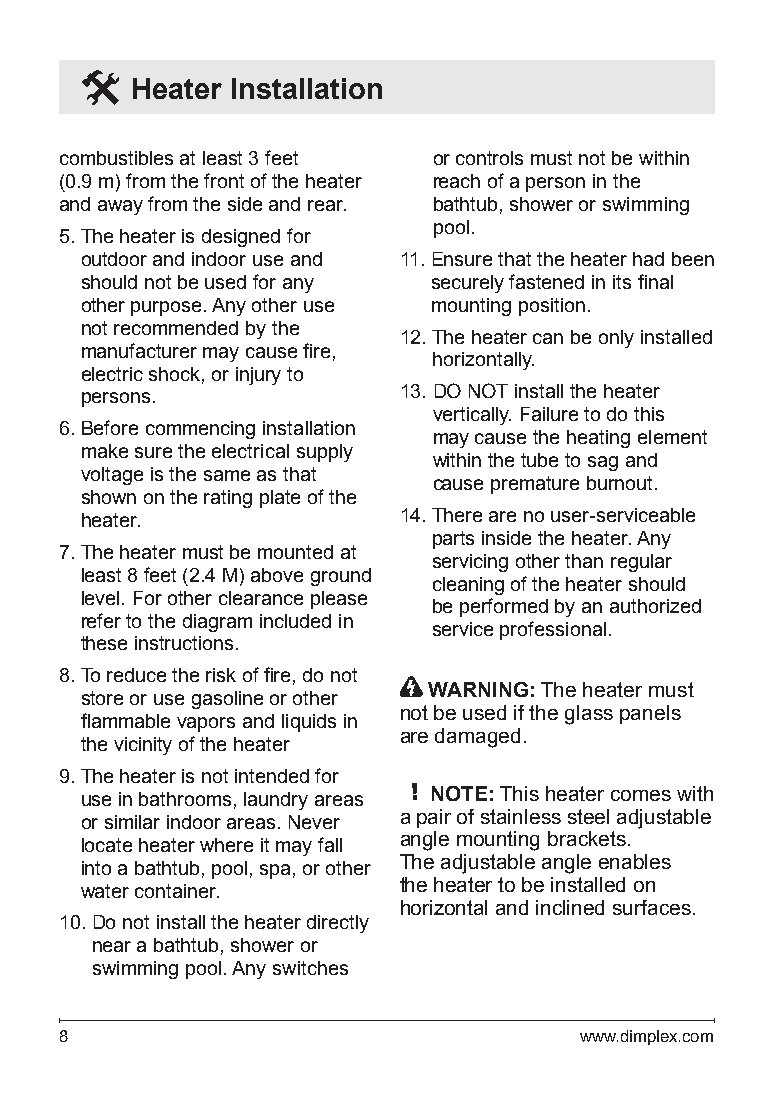
Heater Installation
 combustibles at least 3 feet or controls must not be within
 (0.9 m) from the front of the heater reach of a person in the
 and away from the side and rear. bathtub, shower or swimming
 pool.
 5. The heater is designed for
 outdoor and indoor use and 11. Ensure that the heater had been
 should not be used for any securely fastened in its final
 other purpose. Any other use mounting position.
 not recommended by the
 12. The heater can be only installed
 manufacturer may cause fire,
 horizontally.
 electric shock, or injury to
 persons.             13. DO NOT install the heater
 vertically. Failure to do this
 6. Before commencing installation
 may cause the heating element
 make sure the electrical supply
 within the tube to sag and
 voltage is the same as that
 cause premature burnout.
 shown on the rating plate of the
 heater.              14. There are no user-serviceable
 parts inside the heater. Any
 7. The heater must be mounted at
 servicing other than regular
 least 8 feet (2.4 M) above ground
 cleaning of the heater should
 level. For other clearance please
 be performed by an authorized
 refer to the diagram included in
 service professional.
 these instructions.
 8. To reduce the risk of fire, do not
 WARNING: The heater must
 store or use gasoline or other
 not be used if the glass panels
 flammable vapors and liquids in
 are damaged.
 the vicinity of the heater
 9. The heater is not intended for
 use in bathrooms, laundry areas ! NOTE: This heater comes with
 or similar indoor areas. Never a pair of stainless steel adjustable
 locate heater where it may fall angle mounting brackets.
 into a bathtub, pool, spa, or other The adjustable angle enables
 water container.     the heater to be installed on
 horizontal and inclined surfaces.
 10. D o not install the heater directly
 near a bathtub, shower or
 swimming pool. Any switches
 8                                 www.dimplex.com